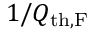
1 / Q _ { \mathrm { t h , F } }